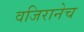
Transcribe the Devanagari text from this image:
वजिरानेच